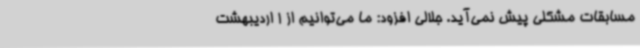
مسابقات مشکلی پیش نمی‌آید. جلالی افزود: ما می‌توانیم از 1 اردیبهشت